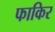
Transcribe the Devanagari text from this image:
फाकिर